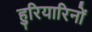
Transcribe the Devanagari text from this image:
हुरियारिनों